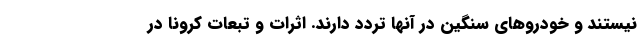
نیستند و خودروهای سنگین در آنها تردد دارند. اثرات و تبعات کرونا در